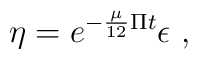
\eta = e^{- \frac{\mu}{12} \Pi t } \epsilon~,